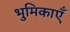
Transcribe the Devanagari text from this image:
भुमिकाएँ